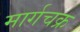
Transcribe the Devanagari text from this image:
मार्गचक्र